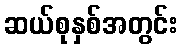
ဆယ်စုနှစ်အတွင်း